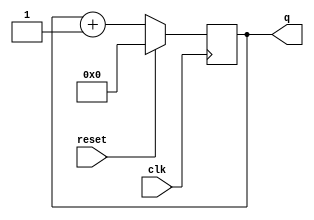
module counter (
    input clk,
    input reset,      // Synchronous active-high reset
    output [3:0] q);
    
    always @(posedge clk) begin 
        if (reset) 
            q <= 0;
        else 
            q <= q + 1;
    end

endmodule